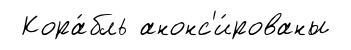
Кора́бль анонс'и́рованы